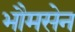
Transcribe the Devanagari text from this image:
भौमसेन